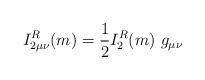
LaTeX: \begin{align*}I_{2\mu\nu}^R(m) = \frac{1}{2} I_{2}^R(m) \ g_{\mu\nu}\end{align*}